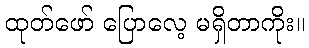
ထုတ်ဖော် ပြောလေ့ မရှိတာကိုး။